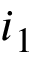
i _ { 1 }